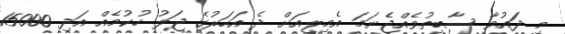
މި ދައުވާ ސާބިތުވެއްޖެނަމަ އެމިލީއަށް ދެ އަހަރުގެ ޖަލު ހުކުމެއް އަދި 15000